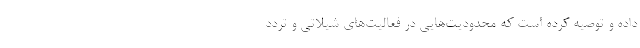
داده و توصیه کرده است که محدودیت‌هایی در فعالیت‌های شیلاتی و تردد